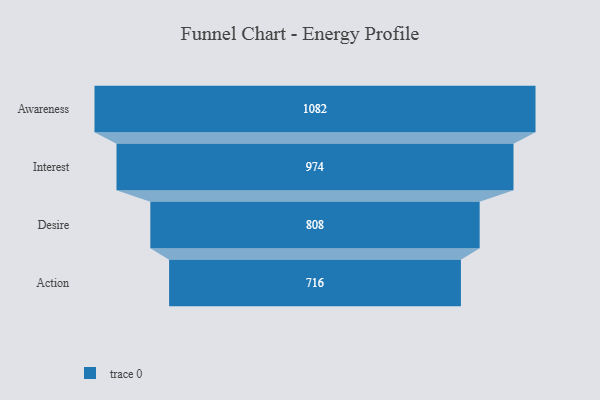
{"axis": {"x": "Stage", "y": "Value"}, "legend": [""], "data": [{"x": "Awareness", "y": 1082.0, "type": ""}, {"x": "Interest", "y": 974.0, "type": ""}, {"x": "Desire", "y": 808.0, "type": ""}, {"x": "Action", "y": 716.0, "type": ""}]}